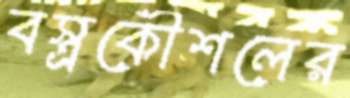
বস্ত্রকৌশলের